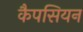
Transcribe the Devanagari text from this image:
कैपसियन